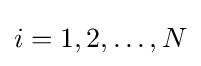
i=1,2,\ldots ,N